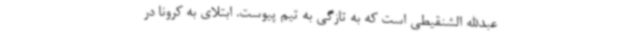
عبدالله الشنقیطی است که به تازگی به تیم پیوست. ابتلای به کرونا در